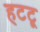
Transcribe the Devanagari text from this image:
हटटू